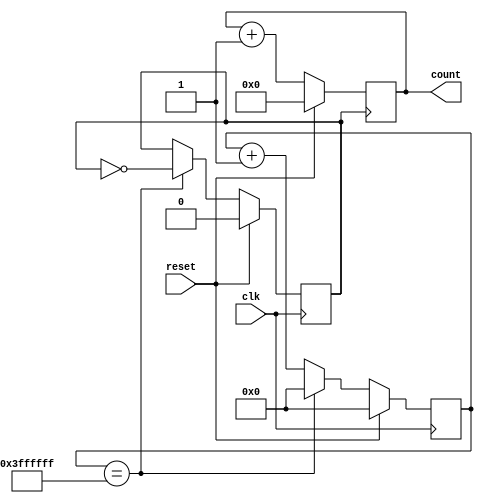
`timescale 1ns / 1ps
//////////////////////////////////////////////////////////////////////////////////
// Company: 
// Engineer: 
// 
// Design Name: 
// Module Name: counter
// Project Name: 
// Target Devices: 
// Tool Versions: 
// Description: 
// 
// Dependencies: 
// 
// Revision:
// Revision 0.01 - File Created
// Additional Comments:
// 
//////////////////////////////////////////////////////////////////////////////////


module counter(clk,reset,count);
input clk,reset;
output reg [3:0] count = 4'b0000;
reg [25:0] count_reg;
reg clk_div = 1'b0;

always @ (posedge clk)
begin
if (reset)
    begin
        clk_div <= 1'b0;
        count_reg <= 26'd0;
     end
else
    begin
        count_reg <= count_reg + 1;
        if (count_reg == 26'h3ffffff) // for synthesis
    //   if (count_reg == 26'd12) // for simulation
        begin
            clk_div <= ~ clk_div;
            count_reg <= 26'd0;
        end
    end
 end
  
 always @ (posedge clk_div)
 begin
 if (reset)
 begin
    count <= 4'b0000;
 end
 else
 begin
    count <= count + 1;
 end
 end

endmodule